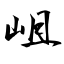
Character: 岨